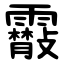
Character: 䨷